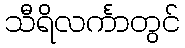
သီရိလင်္ကာတွင်